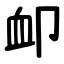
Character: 卹